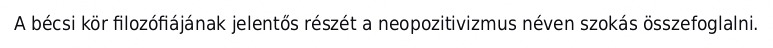
A bécsi kör filozófiájának jelentős részét a neopozitivizmus néven szokás összefoglalni.